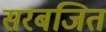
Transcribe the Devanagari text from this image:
सरबजित